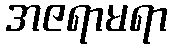
အဇရာမရာ